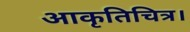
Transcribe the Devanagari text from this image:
आकृतिचित्र।